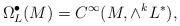
\begin{align*}\Omega^\bullet_L(M) = C^\infty(M,\wedge^k L^*),\end{align*}